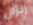
زلزال